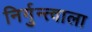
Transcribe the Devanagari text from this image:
निर्गुन्त्वाला